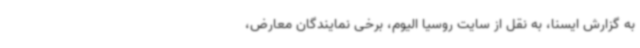
به گزارش ایسنا، به نقل از سایت روسیا الیوم، برخی نمایندگان معارض،